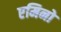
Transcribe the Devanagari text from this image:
एमिनो